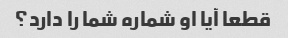
قطعا آیا او شماره شما را دارد؟